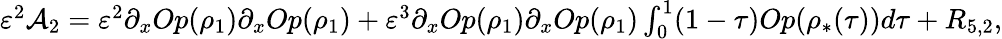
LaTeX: \begin{array}{r}{\varepsilon^{2}\mathcal{A}_{2}=\varepsilon^{2}\partial_{x}Op(\rho_{1})\partial_{x}Op(\rho_{1})+\varepsilon^{3}\partial_{x}Op(\rho_{1})\partial_{x}Op(\rho_{1})\int_{0}^{1}(1-\tau)Op(\rho_{*}(\tau))d\tau+{R}_{5,2},}\end{array}